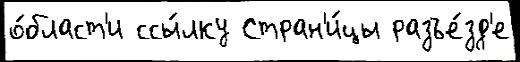
о́бласт'и ссы́лку Стран'и́цы разъе́зд'е